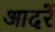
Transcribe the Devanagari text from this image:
आदरें